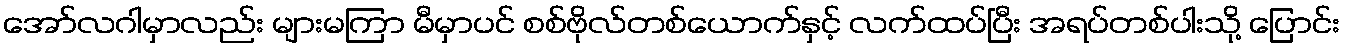
အော်လဂါမှာလည်း များမကြာ မီမှာပင် စစ်ဗိုလ်တစ်ယောက်နှင့် လက်ထပ်ပြီး အရပ်တစ်ပါးသို့ ပြောင်း